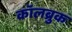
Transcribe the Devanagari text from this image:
कॉलब्रुक